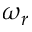
\omega _ { r }